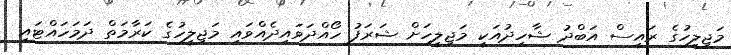
މަޖިލީހުގެ ރައީސް އަބްދު ޝާހިދުއަކީ މަޖިލީހަށް ޝަރަފު ހޯއްދަވައިދެއްވައި މަޖިލީހުގެ ކަރާމަތް ދަމަހައްޓައި